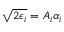
\sqrt { 2 \epsilon _ { i } } = A _ { i } \alpha _ { i }